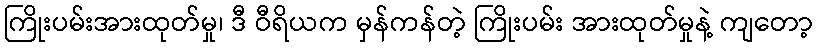
ကြိုးပမ်းအားထုတ်မှု၊ ဒီ ဝီရိယက မှန်ကန်တဲ့ ကြိုးပမ်း အားထုတ်မှုနဲ့ ကျတော့